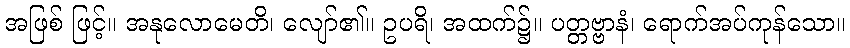
အဖြစ် ဖြင့်။ အနုလောမေတိ၊ လျော်၏။ ဥပရိ၊ အထက်၌။ ပတ္တဗ္ဗာနံ၊ ရောက်အပ်ကုန်သော။